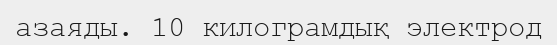
азаяды. 10 килограмдық электрод